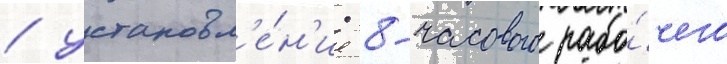
/ установл'е́н'ие 8-часового рабо́чего